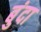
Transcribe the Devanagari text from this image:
बुंदा